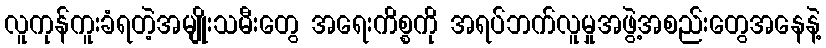
လူကုန်ကူးခံရတဲ့အမျိုးသမီးတွေ အရေးကိစ္စကို အရပ်ဘက်လူမှုအဖွဲ့အစည်းတွေအနေနဲ့